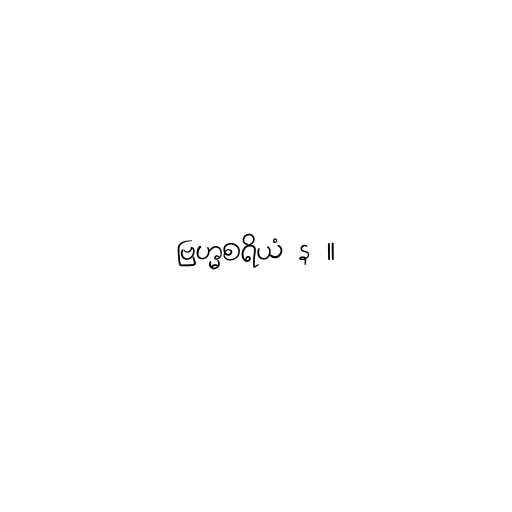
ဗြဟ္မစရိယံ န ။